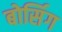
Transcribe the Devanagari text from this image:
बोर्सिग